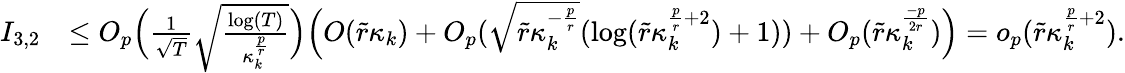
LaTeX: \begin{array}{rl}{I_{3,2}}&{\le O_{p}\Big(\frac{1}{\sqrt{T}}\sqrt{\frac{\log(T)}{\kappa_{k}^{\frac{p}{r}}}}\Big)\Big(O(\widetilde{r}\kappa_{k})+O_{p}(\sqrt{\widetilde{r}\kappa_{k}^{-\frac{p}{r}}}(\log(\widetilde{r}\kappa_{k}^{\frac{p}{r}+2})+1))+O_{p}(\widetilde{r}\kappa_{k}^{\frac{-p}{2r}})\Big)=o_{p}(\widetilde{r}\kappa_{k}^{\frac{p}{r}+2}).}\end{array}